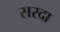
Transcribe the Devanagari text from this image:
सरदा